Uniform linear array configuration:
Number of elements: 16
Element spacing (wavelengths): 0.25
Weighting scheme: hann
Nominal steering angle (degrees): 30
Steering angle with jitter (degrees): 28.971
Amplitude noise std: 0.05
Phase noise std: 0.05

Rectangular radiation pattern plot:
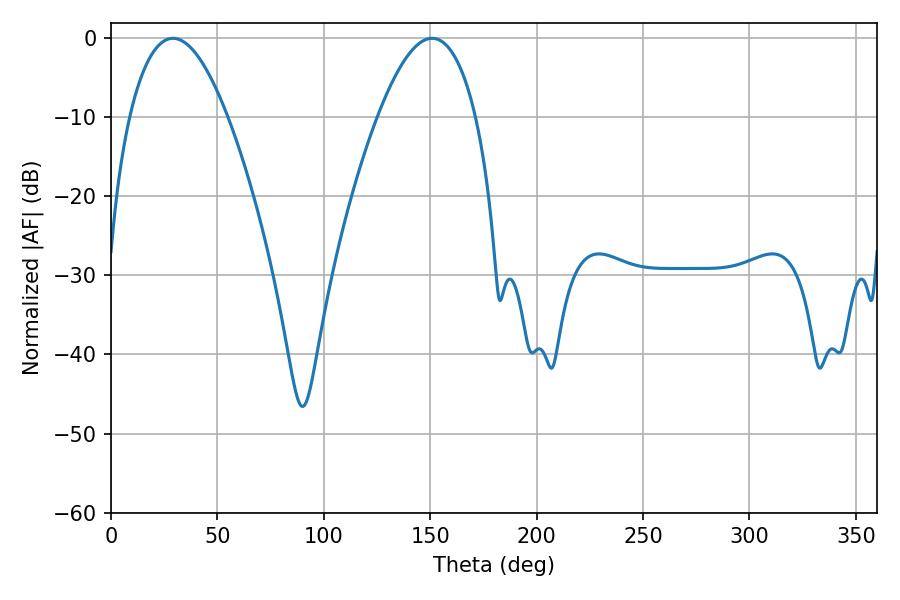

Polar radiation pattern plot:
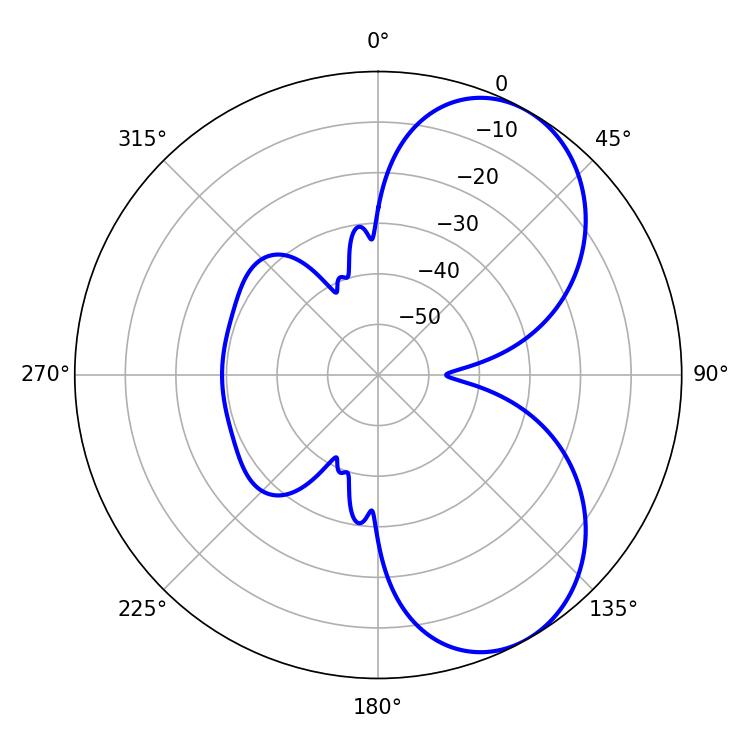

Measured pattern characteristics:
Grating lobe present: FALSE
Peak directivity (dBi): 6.252
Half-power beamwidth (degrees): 25.38
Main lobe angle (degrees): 29.16